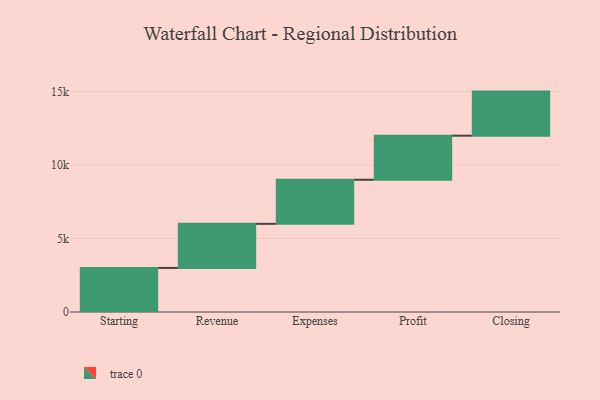
{"axis": {"x": "Step", "y": "Value"}, "legend": [""], "data": [{"x": "Starting", "y": 3000, "type": ""}, {"x": "Revenue", "y": 3000, "type": ""}, {"x": "Expenses", "y": 3000, "type": ""}, {"x": "Profit", "y": 3000, "type": ""}, {"x": "Closing", "y": 3000, "type": ""}]}